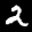
Label: 2